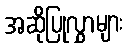
အဆိုပြုလွှာများ